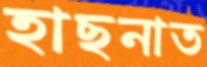
হাছনাত